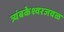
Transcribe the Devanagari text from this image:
त्र्यंबकेश्वरजवळ